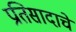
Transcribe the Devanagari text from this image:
प्रतिसादाचे